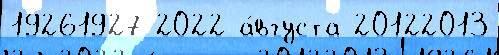
19261927 2022 а́вгуста 20122013